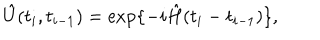
LaTeX: \hat { U } ( t _ { i } , t _ { i - 1 } ) = \exp \{ - i \hat { H } ( t _ { i } - t _ { i - 1 } ) \} ,